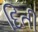
દિતી